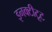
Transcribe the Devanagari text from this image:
इनक्टीटूट